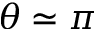
\theta \simeq \pi